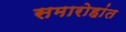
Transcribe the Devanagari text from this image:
समारोहांत